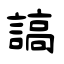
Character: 謞